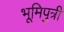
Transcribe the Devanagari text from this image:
भूमिपुत्री